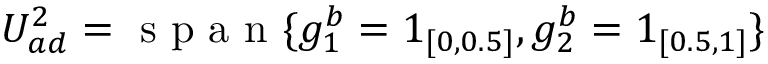
U _ { a d } ^ { 2 } = \mathrm { ~ s ~ p ~ a ~ n ~ } \{ g _ { 1 } ^ { b } = 1 _ { [ 0 , 0 . 5 ] } , g _ { 2 } ^ { b } = 1 _ { [ 0 . 5 , 1 ] } \}